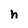
Character: h